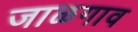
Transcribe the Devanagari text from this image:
जाळगाव